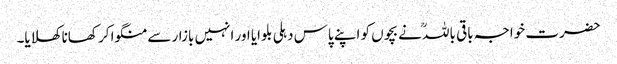
حضرت خواجہ باقی باللہؒ نے بچوں کو اپنے پاس دہلی بلوایا اور انہیں بازار سے منگوا کر کھانا کھلایا۔